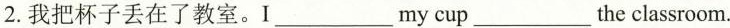
2.我把杯子丢在了教室.I___my cup___the classroom.